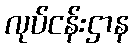
လုပ်ငန်းဌာန